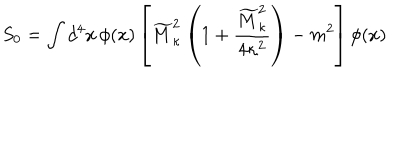
S _ { 0 } = \int d ^ { 4 } x \, \phi ( x ) \left[ \widetilde { M } _ { \kappa } ^ { 2 } \left( 1 + { \frac { \widetilde { M } _ { \kappa } ^ { 2 } } { 4 \kappa ^ { 2 } } } \right) - m ^ { 2 } \right] \phi ( x )